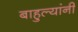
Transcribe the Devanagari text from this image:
बाहुल्यांनी